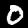
Label: 0